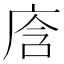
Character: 𭙞